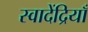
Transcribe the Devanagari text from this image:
स्वादेंद्रियाँ